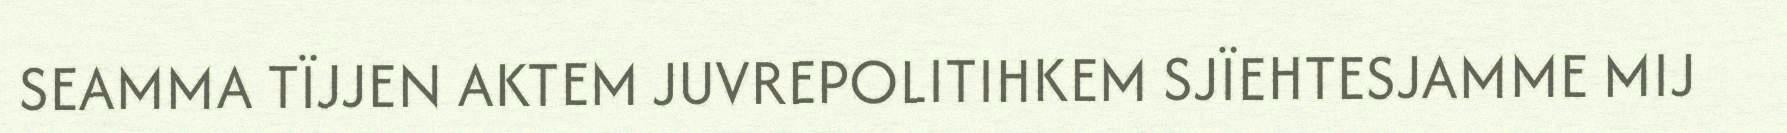
SEAMMA TÏJJEN AKTEM JUVREPOLITIHKEM SJÏEHTESJAMME MIJ